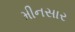
મીનસાર